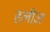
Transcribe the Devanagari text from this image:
हलीज़